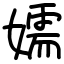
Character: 嬬